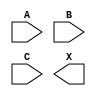
/**
 * Copyright 2020 The SkyWater PDK Authors
 *
 * Licensed under the Apache License, Version 2.0 (the "License");
 * you may not use this file except in compliance with the License.
 * You may obtain a copy of the License at
 *
 *     https://www.apache.org/licenses/LICENSE-2.0
 *
 * Unless required by applicable law or agreed to in writing, software
 * distributed under the License is distributed on an "AS IS" BASIS,
 * WITHOUT WARRANTIES OR CONDITIONS OF ANY KIND, either express or implied.
 * See the License for the specific language governing permissions and
 * limitations under the License.
 *
 * SPDX-License-Identifier: Apache-2.0
 */

`ifndef SKY130_FD_SC_HD__OR3_SYMBOL_V
`define SKY130_FD_SC_HD__OR3_SYMBOL_V

/**
 * or3: 3-input OR.
 *
 * Verilog stub (without power pins) for graphical symbol definition
 * generation.
 *
 * WARNING: This file is autogenerated, do not modify directly!
 */

`timescale 1ns / 1ps
`default_nettype none

(* blackbox *)
module sky130_fd_sc_hd__or3 (
    //# {{data|Data Signals}}
    input  A,
    input  B,
    input  C,
    output X
);

    // Voltage supply signals
    supply1 VPWR;
    supply0 VGND;
    supply1 VPB ;
    supply0 VNB ;

endmodule

`default_nettype wire
`endif  // SKY130_FD_SC_HD__OR3_SYMBOL_V